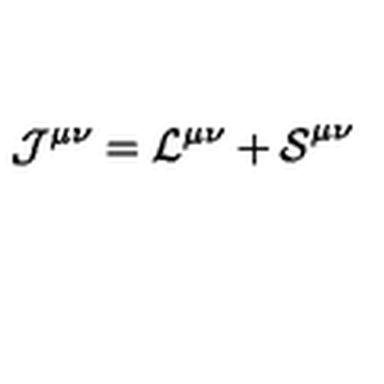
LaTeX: \mathcal { J ^ { \mu \nu } = L ^ { \mu \nu } + S } ^ { \mu \nu }